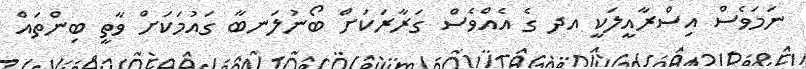
ނަމަވެސް އިސްރާއީލަކީ އދ ގެ އެއްވެސް ގަރާރަކަށް ބޯނުލަނބާ ގައުމަކަށް ވާތީ ބިންތައް